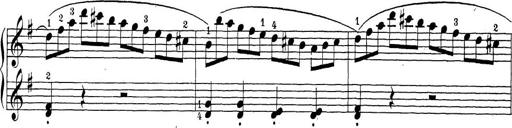
Title: Sonatina Album
Composer: Louis KÃ¶hler